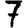
Digit: 7